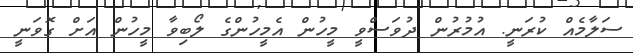
ސަލާމެއް ކުރަނީ. އުމުރުން ދުވަސްވީ މީހުން އެމީހުންގެ ލޯބިވާ މީހުން އަށް ގޮވަނީ